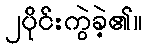
၂ပိုင်းကွဲခဲ့၏။